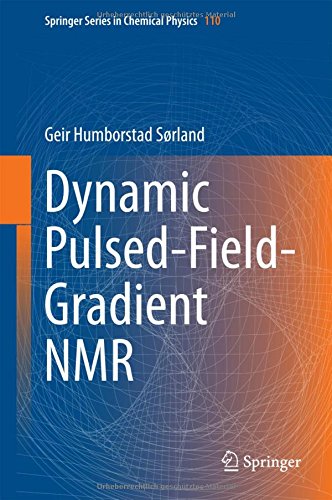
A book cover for Dynamic Pulsed-Field-Gradient NMR (Springer Series in Chemical Physics); Geir Humborstad Sorland; Science & Math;